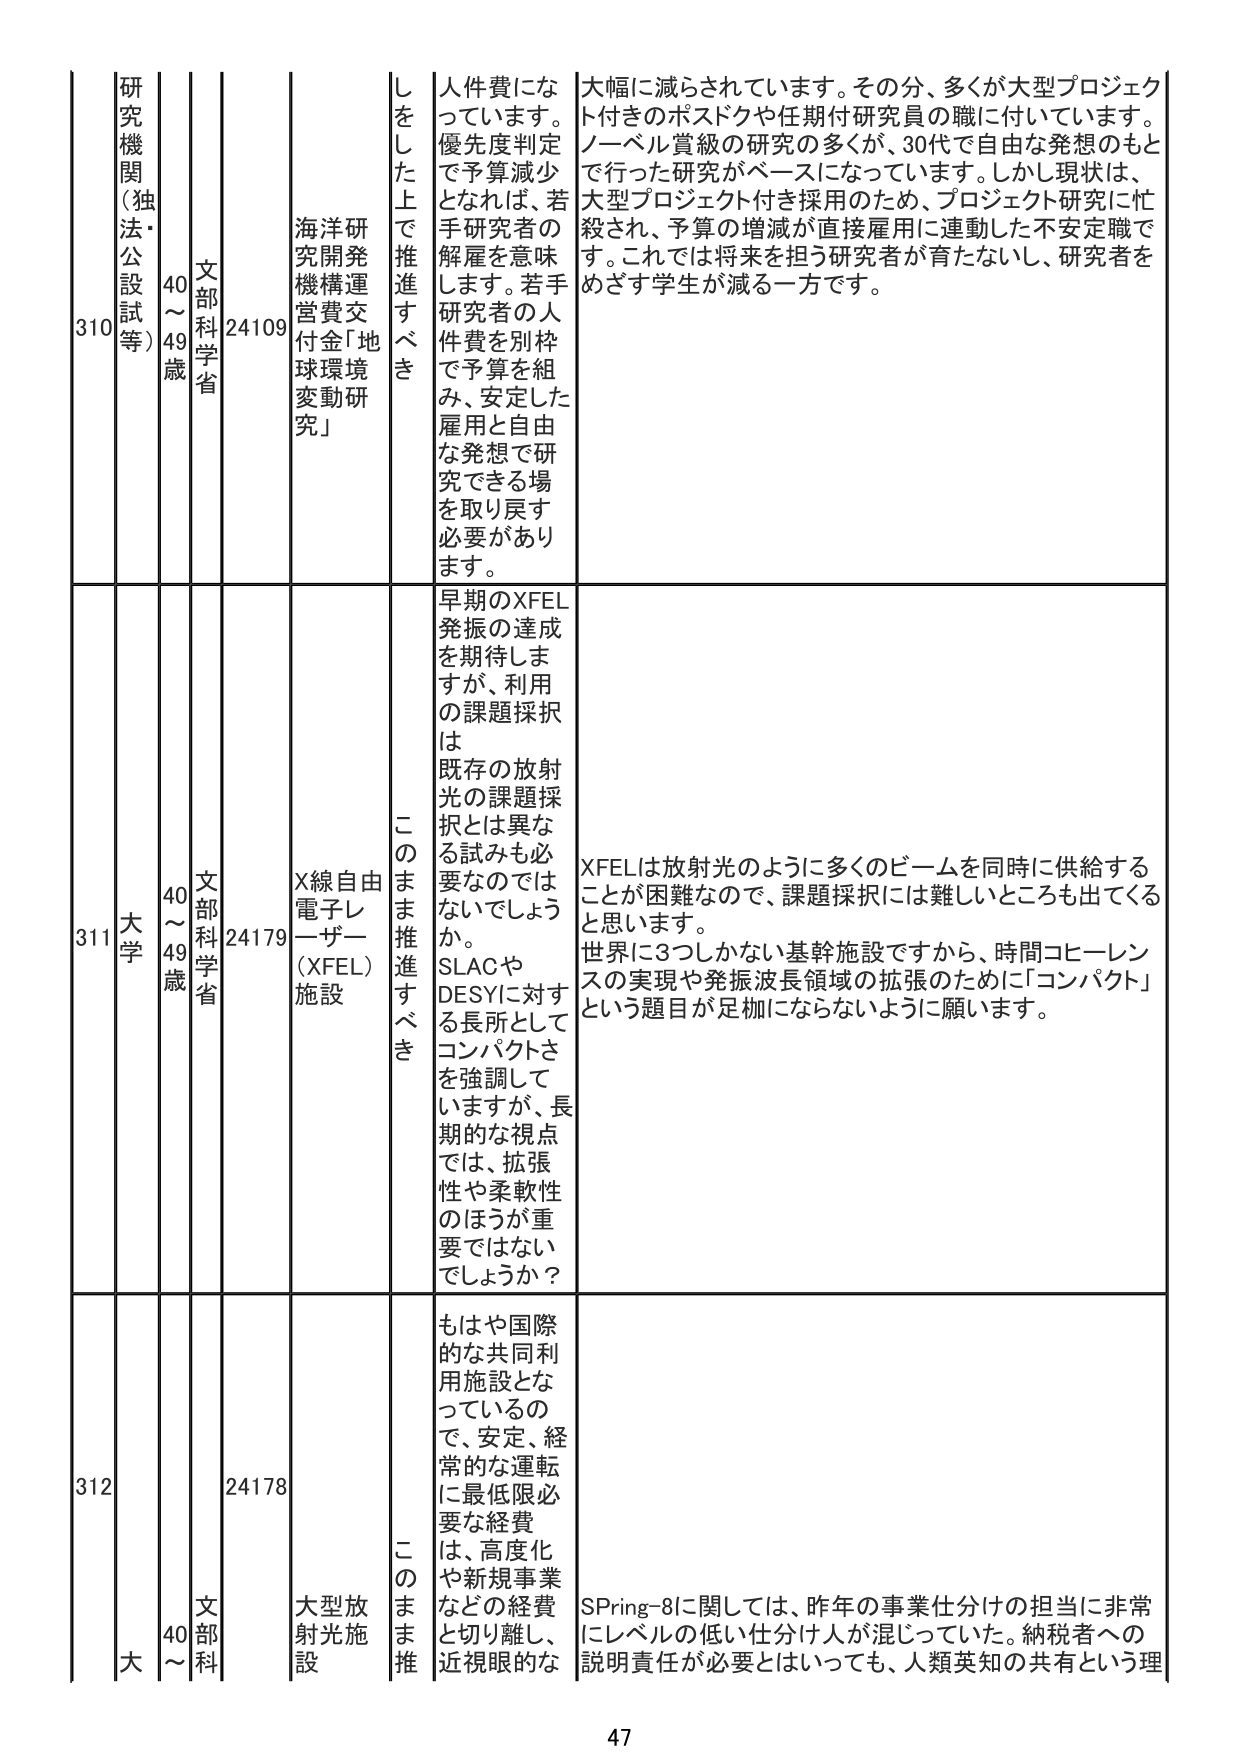
310 研究機関（独法・公設試等） 40～49歳 文部科学省 24109 海洋研究開発機構運営費交付金「地球環境変動研究」 しをした上で推進すべき 人件費になっています。優先度判定で予算減少となれば、若手研究者の解雇を意味します。若手研究者の人件費を別枠で予算を組み、安定した雇用と自由な発想で研究できる場を取り戻す必要があります。 大幅に減らされています。その分、多くが大型プロジェクト付きのポスドクや任期付研究員の職に付いています。ノーベル賞級の研究の多くが、30代で自由な発想のもとで行った研究がベースになっています。しかし現状は、大型プロジェクト付き採用のため、プロジェクト研究に忙殺され、予算の増減が直接雇用に連動した不安定職です。これでは将来を担う研究者が育たないし、研究者をめざす学生が減る一方です。

311 大学 40～49歳 文部科学省 24179 X線自由電子レーザー（XFEL）施設 このまま推進すべき 早期のXFEL発振の達成を期待しますが、利用の課題採択は既存の放射光の課題採択とは異なる試みも必要なのではないでしょうか。SLACやDESYに対する長所としてコンパクトさを強調していますが、長期的な視点では、拡張性や柔軟性のほうが重要ではないでしょうか？ XFELは放射光のように多くのビームを同時に供給することが困難なので、課題採択には難しいところも出てくると思います。世界に3つしかない基幹施設ですから、時間コヒーレンスの実現や発振波長領域の拡張のために「コンパクト」という題目が足枷にならないように願います。

312 大 40～ 文部科 24178 大型放射光施設 このまま推 もはや国際的な共同利用施設となっているので、安定、経常的な運転に最低限必要な経費は、高度化や新規事業などの経費と切り離し、近視眼的な SPring-8に関しては、昨年の事業仕分けの担当に非常にレベルの低い仕分け人が混じっていた。納税者への説明責任が必要とはいっても、人類英知の共有という理

47